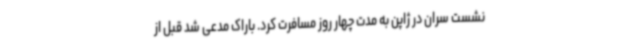
نشست سران در ژاپن به مدت چهار روز مسافرت کرد. باراک مدعی شد قبل از